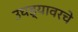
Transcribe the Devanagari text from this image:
उघड्यावरचे